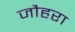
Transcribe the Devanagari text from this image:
जौहरा